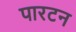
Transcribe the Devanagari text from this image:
पारटन